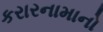
કરારનામાનો